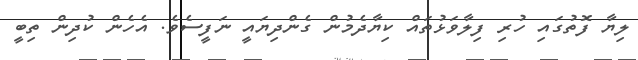
ލިޔާ ފޮތުގައި ހުރި ފިލާވަޅުތައް ކިޔާދެމުން ގެންދިޔައީ ނަފީސެވެ. އެހެން ކުދިން ތިބީ